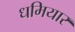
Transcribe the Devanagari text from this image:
धमियार